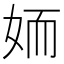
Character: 䎟